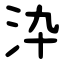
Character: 㳃